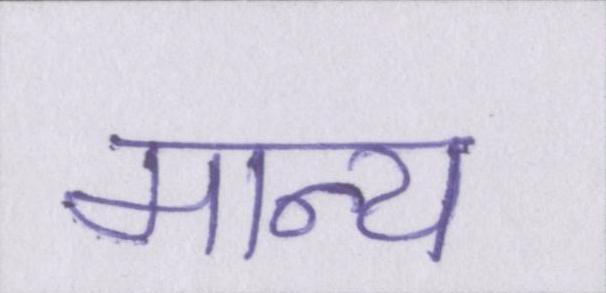
मान्य